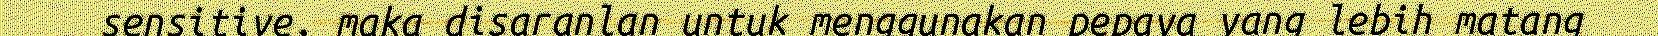
sensitive, maka disaranlan untuk menggunakan pepaya yang lebih matang